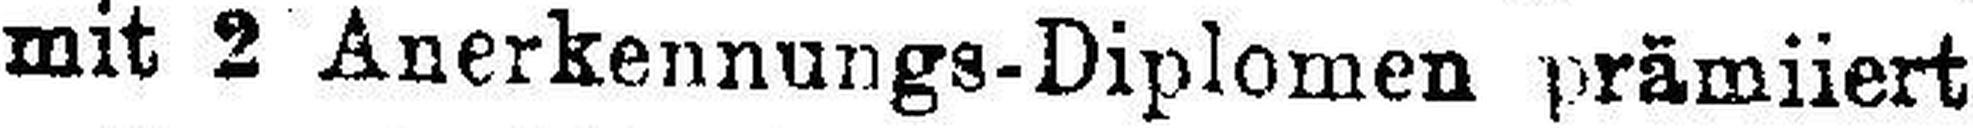
mit 2 Anerkennungs-Diplomen prämiiert!